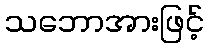
သဘောအားဖြင့်